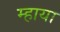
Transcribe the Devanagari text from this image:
म्हाया